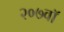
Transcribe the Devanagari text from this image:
२०७वॉ